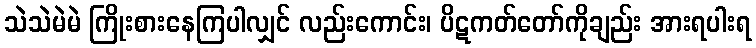
သဲသဲမဲမဲ ကြိုးစားနေကြပါလျှင် လည်းကောင်း၊ ပိဋကတ်တော်ကိုချည်း အားရပါးရ